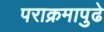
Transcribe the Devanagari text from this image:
पराक्रमापुढे